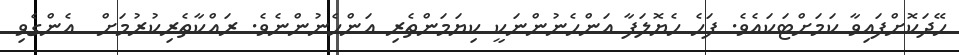
ހޭދަކޮށްފައިވާ ކަމަށްޓަކައެވެ. ފަހެ ހެޔޮލަފާ އަންހެނުންނަކީ ކިޔަމަންތެރި އަންހެނުންނެވެ. ރައްކާތެރިކުރުމަށް  އެންގެވި